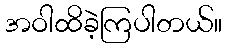
အဝါထိခဲ့ကြပါတယ်။